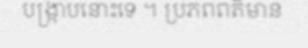
បង្ក្រាបនោះទេ ។ ប្រភពពត៌មាន